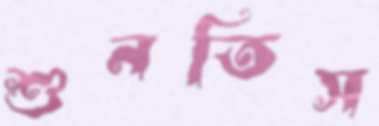
শুনতিস